EELK_Tartu_Peetri_kogudus_(kirikutahed), lk 75
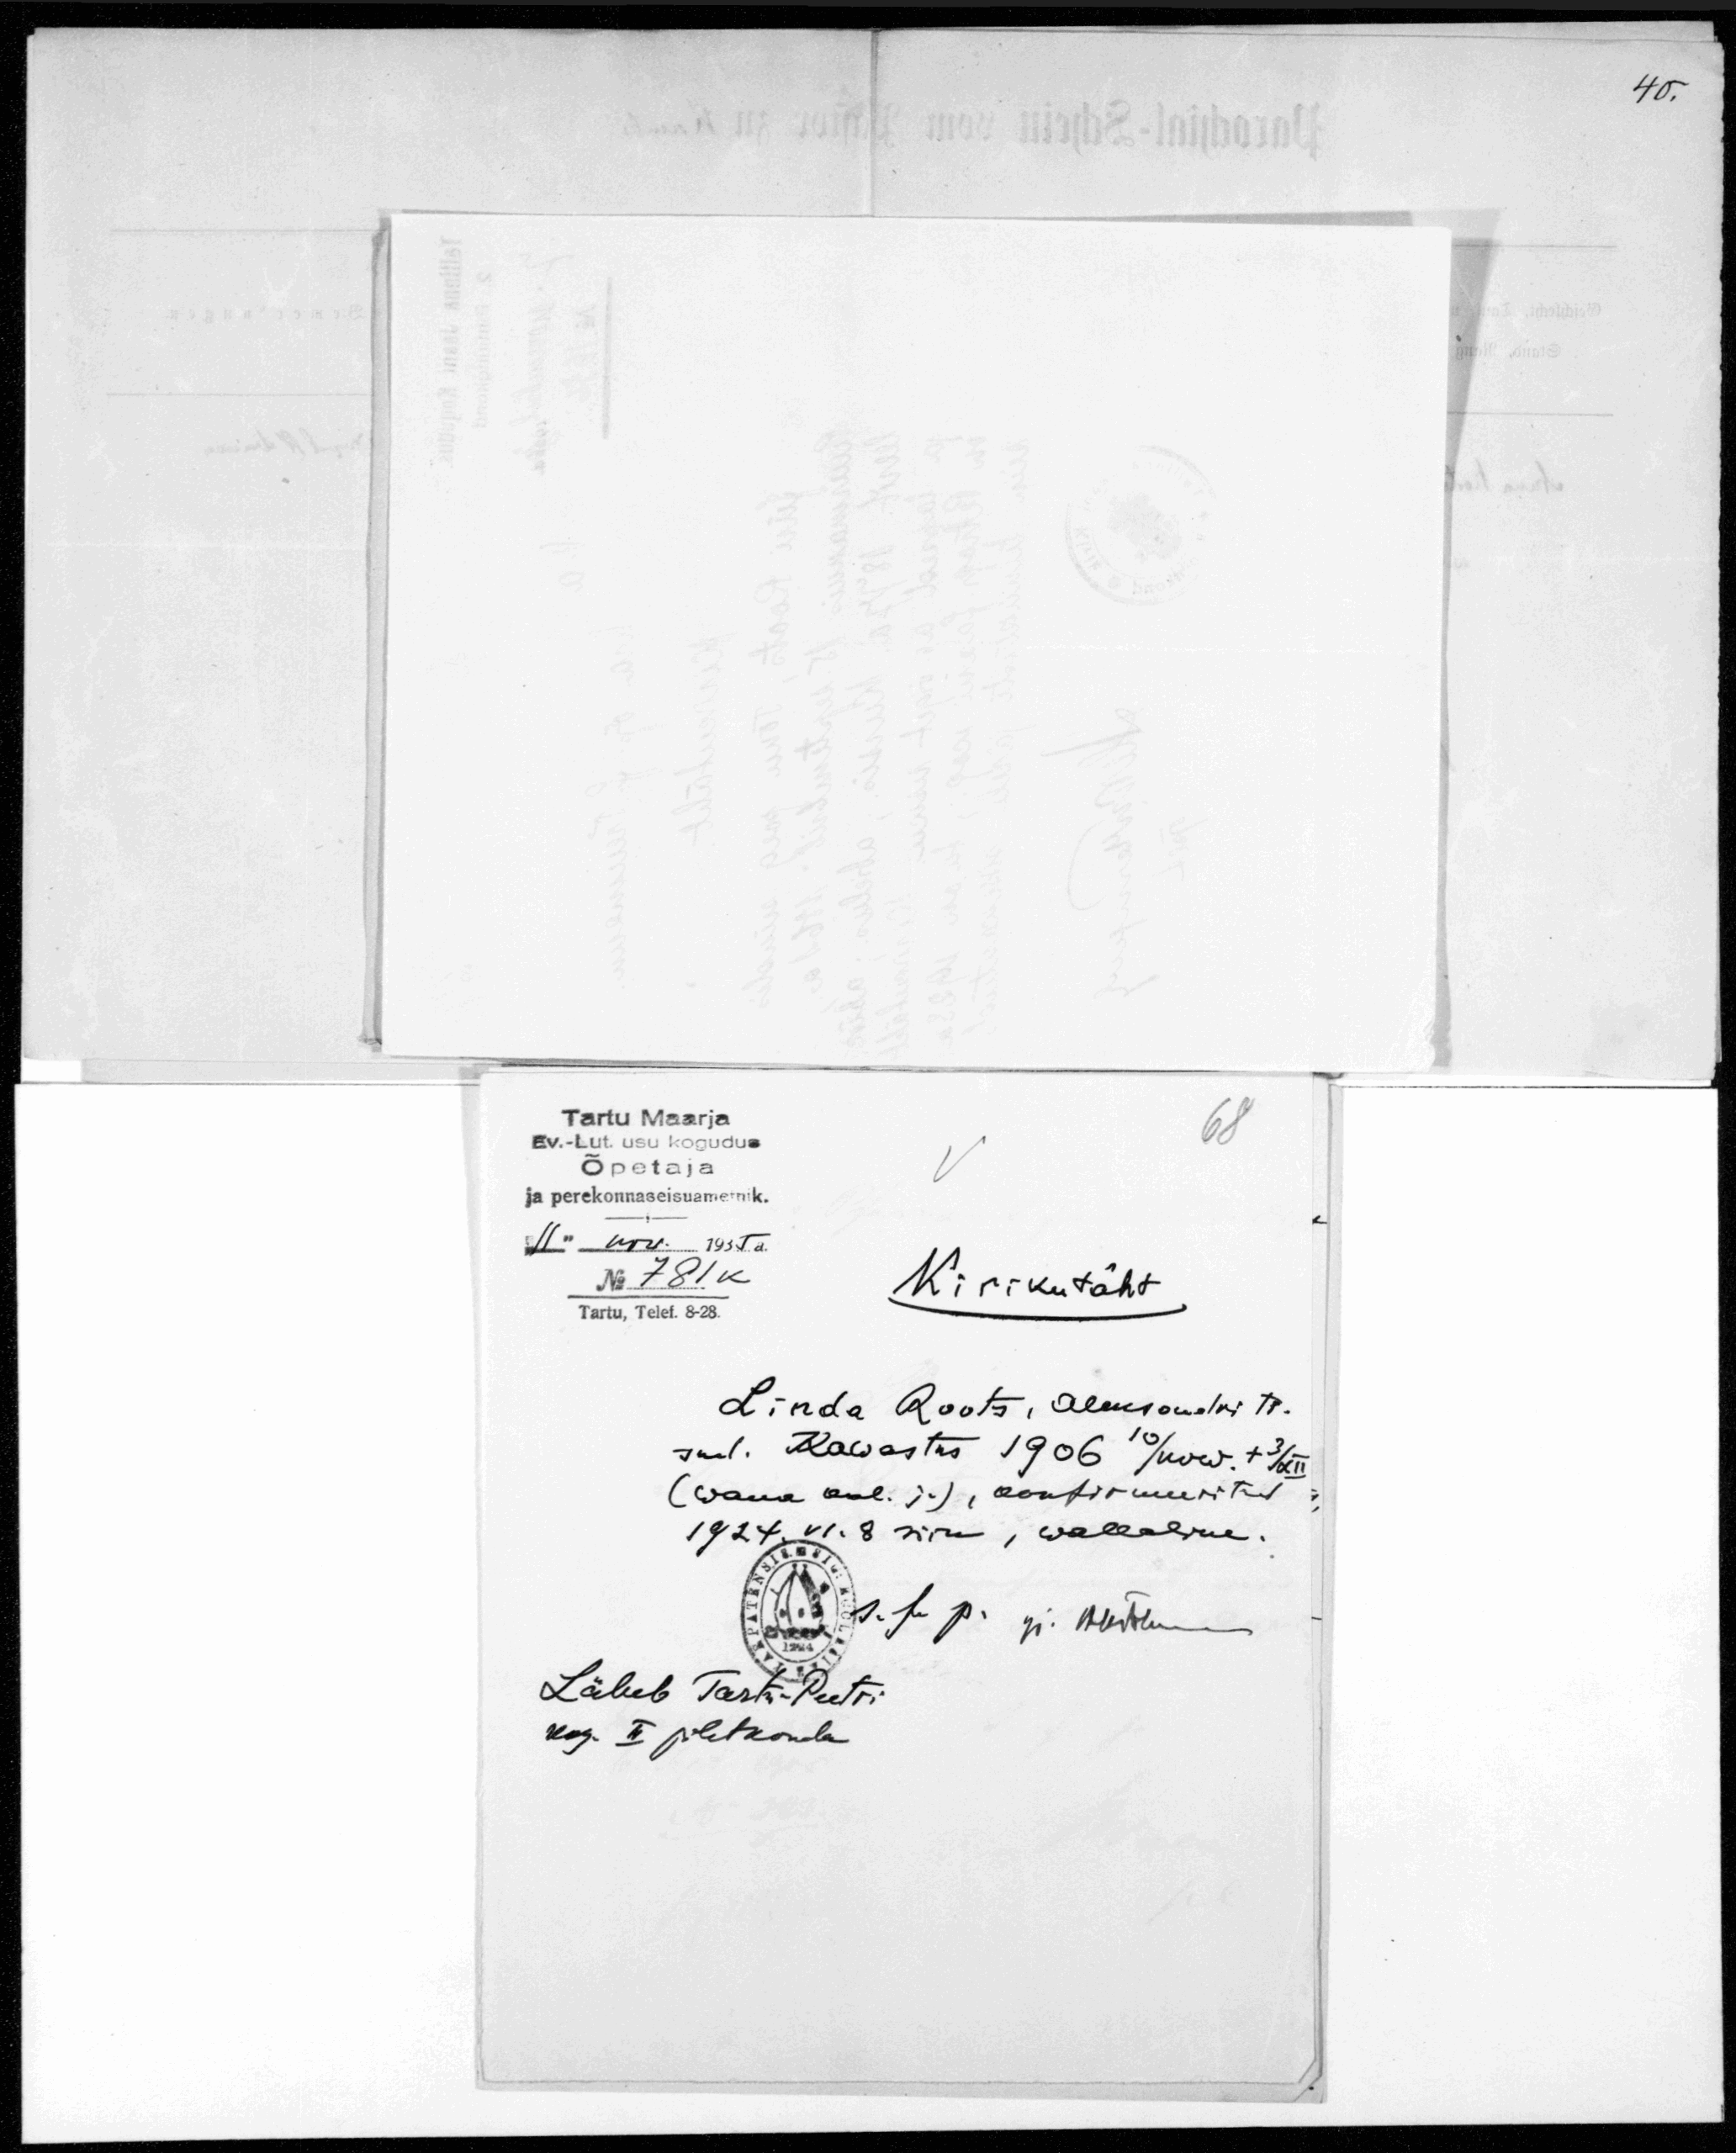
Tartu Maarja
Ev.-Lut. usu kogudus
Õpetaja
ja perekonnaseisuametnik.
"11" nov. 1935 a.
No 781 K
Kirikutäht
Tartu, Telef. 8-28.
Linda Roots, Aleksandri t.
sünd. Kawastus 1906 10/now. + 3/XII
(wana kal. j.), konfirmeeritud
1924. VI. 8 siin, wallaline.
Läheb Tartu-Peetri
kog. II pihtkonda